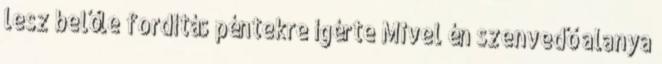
lesz belőle fordítás péntekre ígérte Mivel én szenvedő alanya